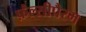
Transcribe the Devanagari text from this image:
फ़ैल्सीपैरम